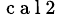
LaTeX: _{\mathrm{~c~a~l~2~}}